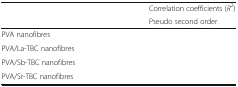
<table><thead><tr><td rowspan="2">[EMPTY_CELL]</td><td><b>Correlation coefficients (<i>R</i><sup>2</sup>)</b></td></tr><tr><td><b>Pseudo second order</b></td></tr></thead><tbody><tr><td>PVA nanofibres</td><td>[EMPTY_CELL]</td></tr><tr><td>PVA/La-TBC nanofibres</td><td>[EMPTY_CELL]</td></tr><tr><td>PVA/Sb-TBC nanofibres</td><td>[EMPTY_CELL]</td></tr><tr><td>PVA/Sr-TBC nanofibres</td><td>[EMPTY_CELL]</td></tr></tbody></table>